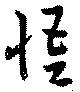
悟